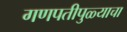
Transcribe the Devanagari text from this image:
गणपतीपुळ्याचा